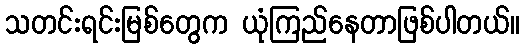
သတင်းရင်းမြစ်တွေက ယုံကြည်နေတာဖြစ်ပါတယ်။